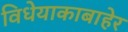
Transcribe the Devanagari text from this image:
विधेयाकाबाहेर